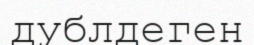
дублдеген